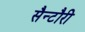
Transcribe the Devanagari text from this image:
सैन्टौरी